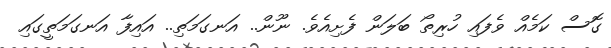
ގޮސް ކަމެއް ވެފައި ހުރިތޯ ބަލަން ފެށިއެވެ. ނޫން.. އަނގަމަތި.. އައިފާ އަނގަމަތީގައި